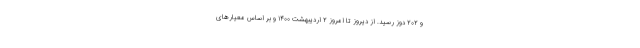
و ۲۰۲ دوز رسید. از دیروز تا امروز ۲ اردیبهشت ۱۴۰۰ و بر اساس معیارهای